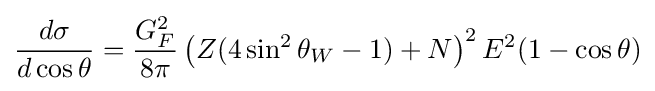
{\frac {d\sigma }{d\cos \theta }}={\frac {G_{F}^{2}}{8\pi }}\left(Z(4\sin ^{2}\theta _{W}-1)+N\right)^{2}E^{2}(1-\cos \theta )